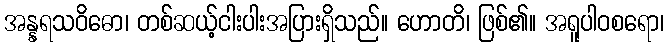
အန္နရသဝိဓော၊ တစ်ဆယ့်ငါးပါးအပြားရှိသည်။ ဟောတိ၊ ဖြစ်၏။ အရူပါဝစရော၊